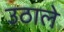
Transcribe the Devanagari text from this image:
उठाले